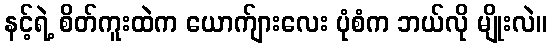
နင့်ရဲ့ စိတ်ကူးထဲက ယောက်ျားလေး ပုံစံက ဘယ်လို မျိုးလဲ။